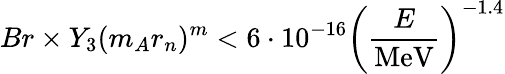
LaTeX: Br\times Y_{3}(m_{A}r_{n})^{m}<6\cdot 10^{-16}\left(\frac{E}{\mathrm{MeV}}\right)^{-1.4}